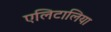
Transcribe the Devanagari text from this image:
एलिटालिया